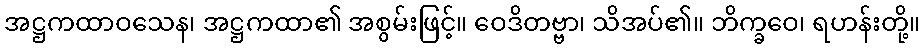
အဋ္ဌကထာဝသေန၊ အဋ္ဌကထာ၏ အစွမ်းဖြင့်။ ဝေဒိတဗ္ဗာ၊ သိအပ်၏။ ဘိက္ခဝေ၊ ရဟန်းတို့။